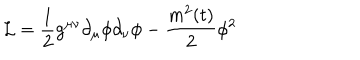
{ \cal L } = \frac { 1 } { 2 } g ^ { \mu \nu } \partial _ { \mu } \phi \partial _ { \nu } \phi - \frac { m ^ { 2 } ( t ) } { 2 } \phi ^ { 2 }